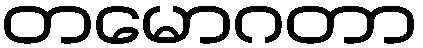
တမောဂတာ